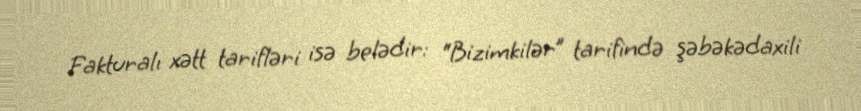
Fakturalı xətt tarifləri isə belədir: “Bizimkilər” tarifində şəbəkədaxili